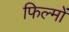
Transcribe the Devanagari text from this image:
फिल्मोंं